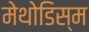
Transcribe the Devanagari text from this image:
मेथोडिस्म